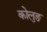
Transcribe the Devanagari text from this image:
कोलुङ